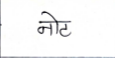
मजकूर: नोट